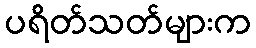
ပရိတ်သတ်များက